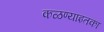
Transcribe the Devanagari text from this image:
कळण्याइतका